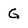
Character: G